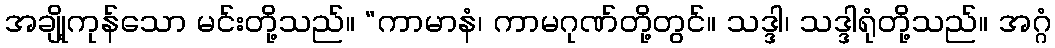
အချို့ကုန်သော မင်းတို့သည်။ “ကာမာနံ၊ ကာမဂုဏ်တို့တွင်။ သဒ္ဒါ၊ သဒ္ဒါရုံတို့သည်။ အဂ္ဂံ